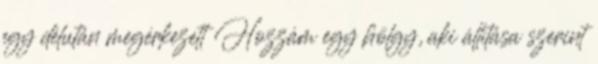
egy délután megérkezett Hozzám egy hölgy, aki állítása szerint